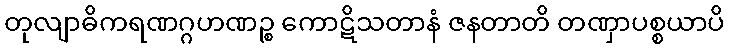
တုလျာဓိကရဏဂ္ဂဟဏဉ္စ ကောဋိသတာနံ ဇနတာတိ တဏှာပစ္စယာပိ